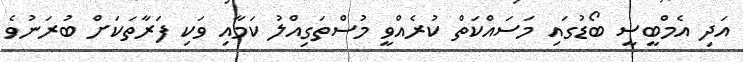
އަދި އެމްބީސީ ބޯޑުގައި މަސައްކަތް ކުރެއްވީ މުސްތަގިއްލު ކަމާއި ވަކި ފަރާތަކަށް ބުރަނުވެ